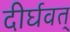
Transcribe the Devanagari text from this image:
दीर्घवत्